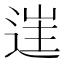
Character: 𨓹